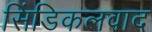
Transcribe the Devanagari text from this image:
सिंडिकलवाद